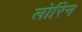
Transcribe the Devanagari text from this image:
लोरिन